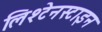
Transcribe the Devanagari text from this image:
लिश्टेनस्टाइन